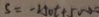
5 = - 2 5 0 t + 5 0 0 0